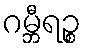
ဂမ္ဘီရဉ္စ